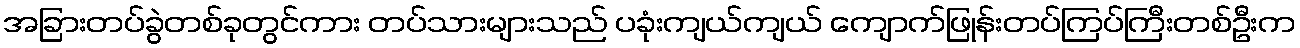
အခြားတပ်ခွဲတစ်ခုတွင်ကား တပ်သားများသည် ပခုံးကျယ်ကျယ် ကျောက်ဖြုန်းတပ်ကြပ်ကြီးတစ်ဦးက